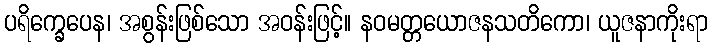
ပရိက္ခေပေန၊ အစွန်းဖြစ်သော အဝန်းဖြင့်။ နဝမတ္တယောဇနသတိကော၊ ယူဇနာကိုးရာ